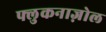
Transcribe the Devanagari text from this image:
फ्लुकनाज़ोल